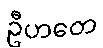
ဦဟတေ